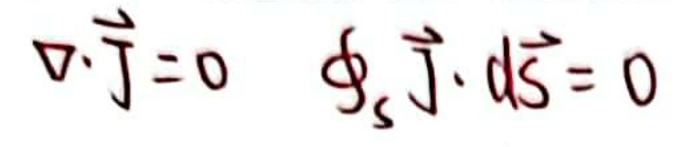
$\nabla \cdot \vec{j} = 0 \quad \phi_s \vec{j} \cdot d\vec{S} = 0$